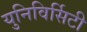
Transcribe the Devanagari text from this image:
युनिविर्सिटी